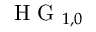
\mathrm { ~ H ~ G ~ } _ { 1 , 0 }